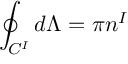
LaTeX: \oint _ { { \cal C } ^ { I } } d \Lambda = \pi n ^ { I }